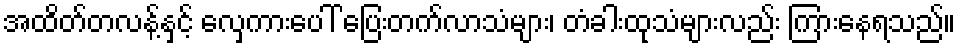
အထိတ်တလန့်နှင့် လှေကားပေါ် ပြေးတက်လာသံများ၊ တံခါးထုသံများလည်း ကြားနေရသည်။